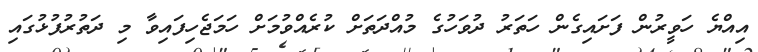
އިއްޔެ ހަވީރުން ފަށައިގެން ހަތަރު ދުވަހުގެ މުއްދަތަށް ކުރެއްވުމަށް ހަމަޖެހިފައިވާ މި ދަތުރުފުޅުގައި